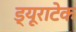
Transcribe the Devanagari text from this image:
ड्यूराटेक